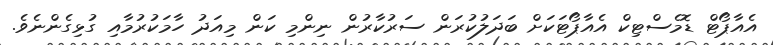
އެއާޕޯޓް ޑޮމެސްޓިކް އެއާޕޯޓަކަށް ބަދަލުކުރަން ސަރުކާރުން ނިންމި ކަން މިއަދު ހާމަކުރުމާއި ގުޅިގެންނެވެ.